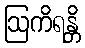
ဩကိရန္တိ